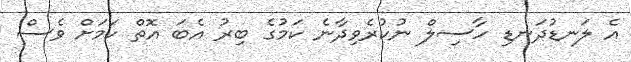
އެ ލަނޑުދަނޑި ހާސިލް ނުކުރެވިދާނެ ކަމުގެ ބިރު އެބަ އޮތް ކަމަށް ވެސް